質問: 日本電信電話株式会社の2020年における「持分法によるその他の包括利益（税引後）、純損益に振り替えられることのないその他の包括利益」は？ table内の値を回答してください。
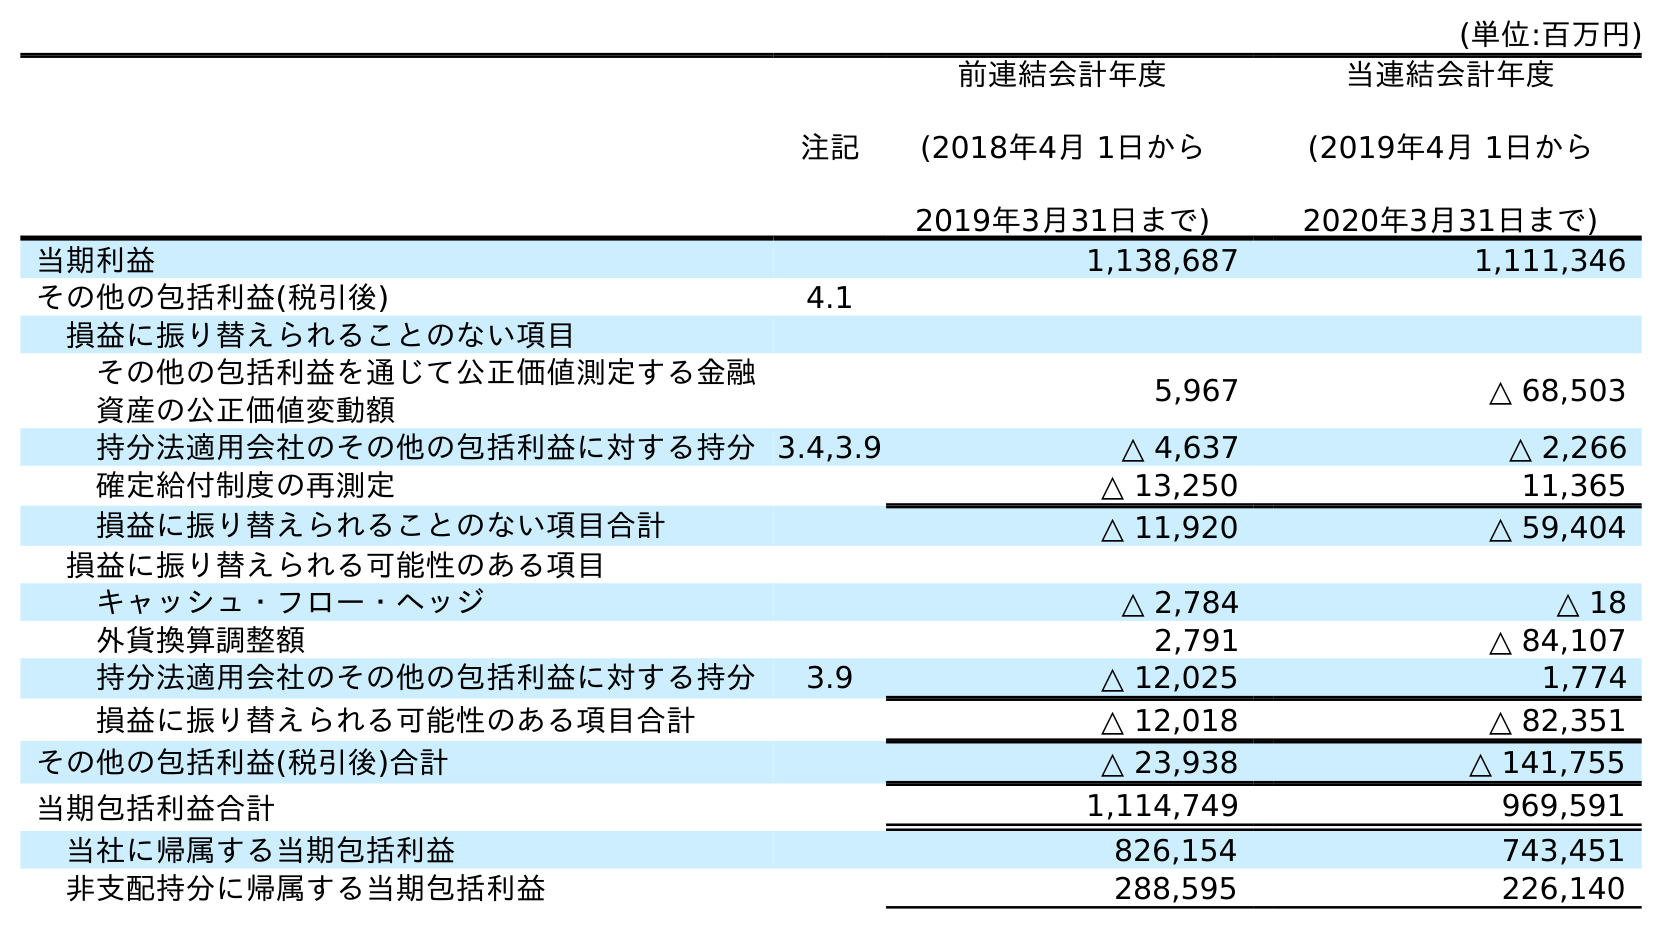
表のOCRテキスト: (単位:百万円) 注記 前連結会計年度 (2018年4月 1日から 2019年3月31日まで) 当連結会計年度 (2019年4月 1日から 2020年3月31日まで) 当期利益 1,138,687 1,111,346 その他の包括利益(税引後) 4.1 損益に振り替えられることのない項目 その他の包括利益を通じて公正価値測定する金融 資産の公正価値変動額 5,967 △ 68,503 持分法適用会社のその他の包括利益に対する持分3.4,3.9 △ 4,637 △ 2,266 確定給付制度の再測定 △ 13,250 11,365 損益に振り替えられることのない項目合計 △ 11,920 △ 59,404 損益に振り替えられる可能性のある項目 キャッシュ・フロー・ヘッジ △ 2,784 △ 18 外貨換算調整額 2,791 △ 84,107 持分法適用会社のその他の包括利益に対する持分 3.9 △ 12,025 1,774 損益に振り替えられる可能性のある項目合計 △ 12,018 △ 82,351 その他の包括利益(税引後)合計 △ 23,938 △ 141,755 当期包括利益合計 1,114,749 969,591 当社に帰属する当期包括利益 826,154 743,451 非支配持分に帰属する当期包括利益 288,595 226,140
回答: △2,266